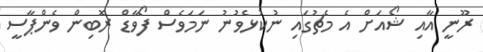
ރޫނީ އާއި ޝޯއަށް އެ މެޗުގައި ނުކުޅެވުނު ނަމަވެސް ފޯވާޑް ރޮބިން ވެންޕާސީ